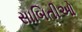
સાબિતીઓ